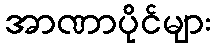
အာဏာပိုင်များ